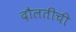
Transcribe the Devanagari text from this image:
दौलतीची